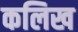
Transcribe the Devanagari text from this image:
कलिख